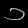
Digit: ၁